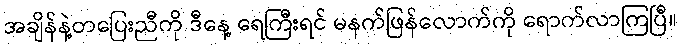
အချိန်နဲ့တပြေးညီကို ဒီနေ့ ရေကြီးရင် မနက်ဖြန်လောက်ကို ရောက်လာကြပြီ။